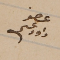
عضو داود عسى